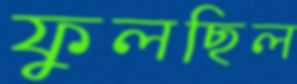
ফুলছিল